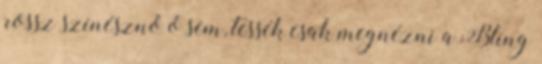
rossz színésznő ő sem, tessék csak megnézni a Bling